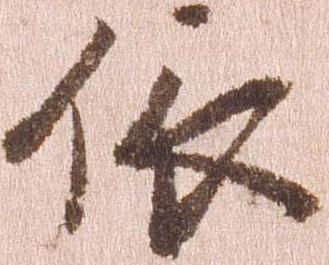
依